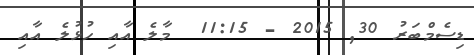
ޑިސެމްބަރު 30